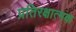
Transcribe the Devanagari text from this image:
प्रतिरक्षात्‍मक